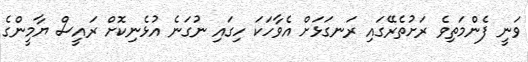
ވަނީ ފެންމަތިވެ ރަށުތެރޭގައި ރަނގަޅަށް އެވާހަކަ ހިގައި ނުގަނެ އުޅެނިކޮށް ރައީސް ޔާމީންގެ